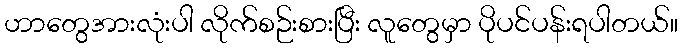
ဟာတွေအားလုံးပါ လိုက်စဉ်းစားပြီး လူတွေမှာ ပိုပင်ပန်းရပါတယ်။